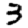
Digit: 3